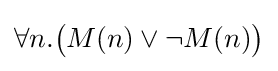
\forall n.{\big (}M(n)\lor \neg M(n){\big )}